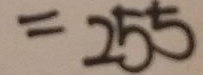
= 2 5 5